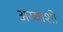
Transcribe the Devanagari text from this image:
अय्याशों